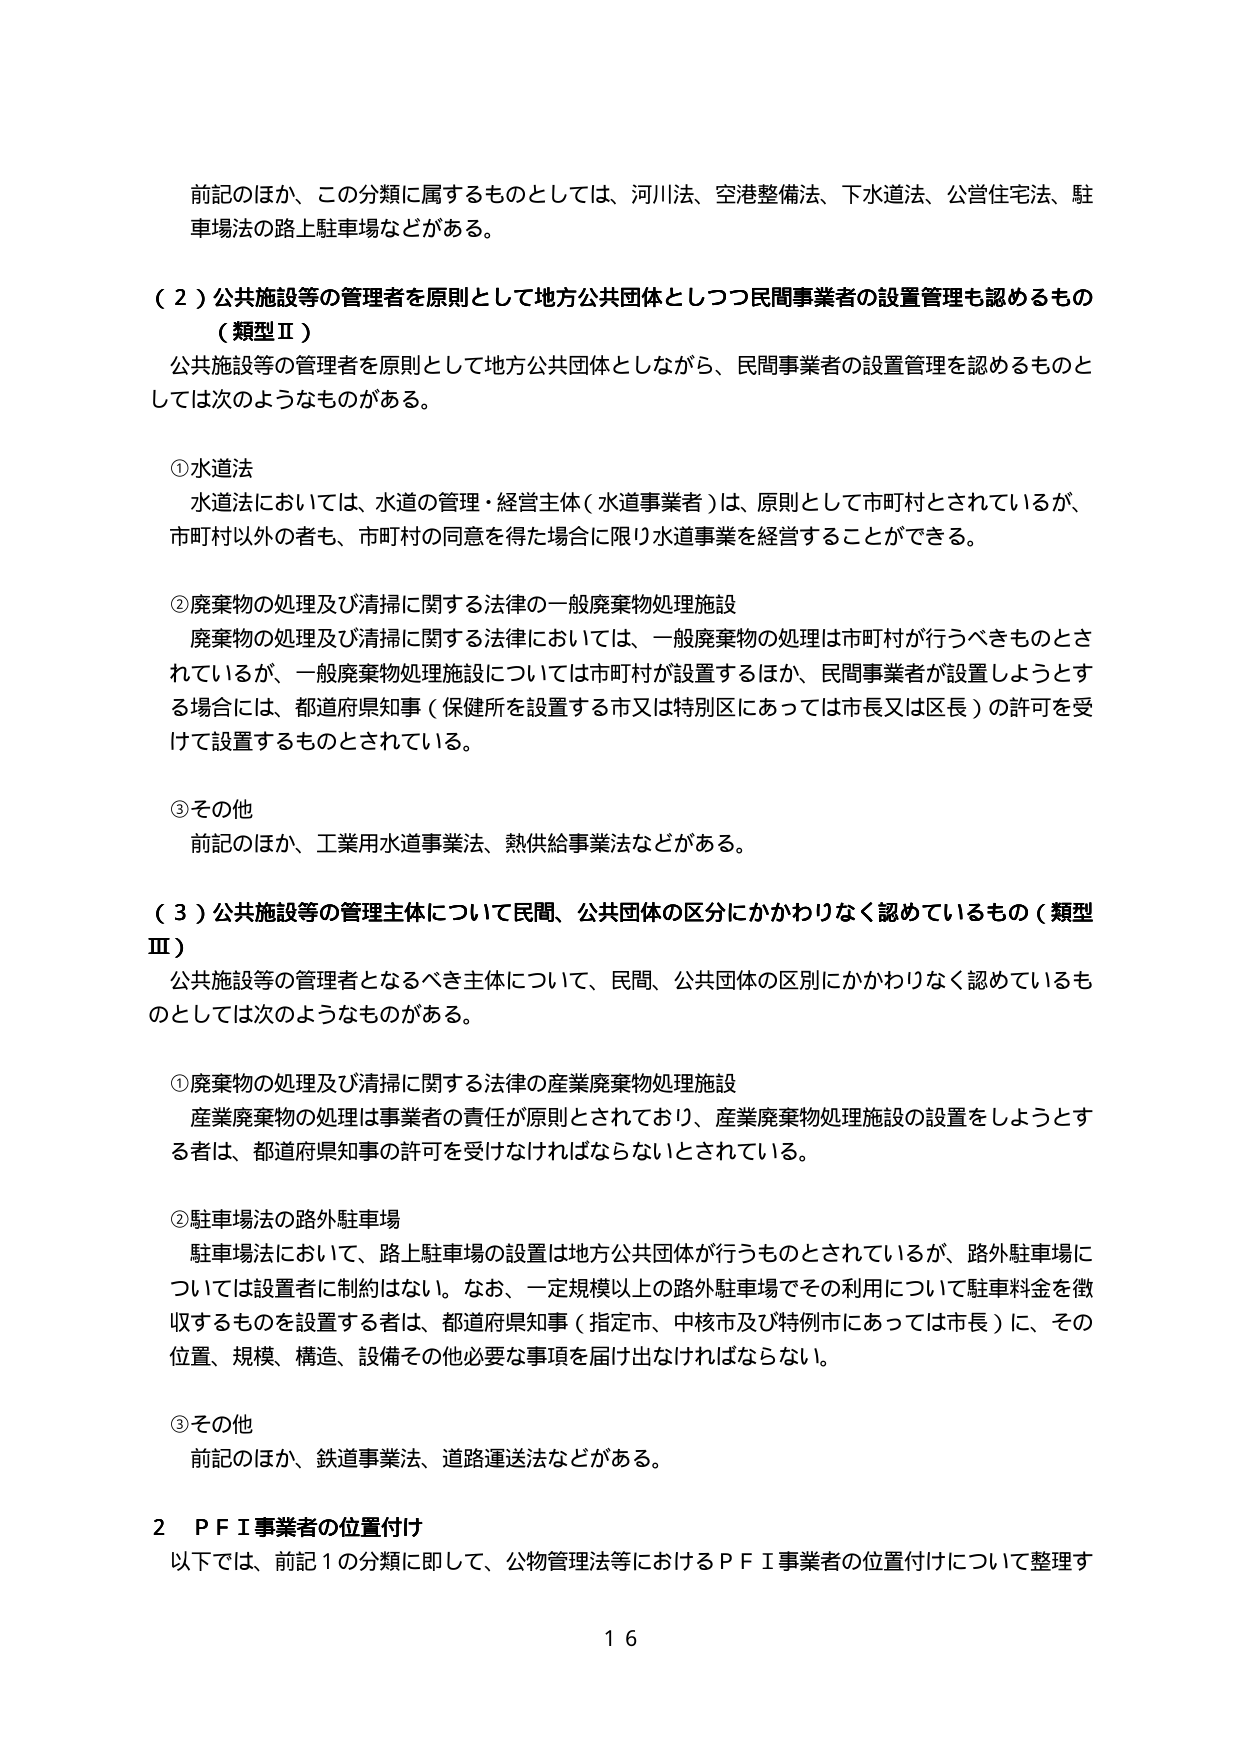
前記のほか、この分類に属するものとしては、河川法、空港整備法、下水道法、公営住宅法、駐車場法の路上駐車場などがある。

（２）公共施設等の管理者を原則として地方公共団体としつつ民間事業者の設置管理も認めるもの（類型Ⅱ）

公共施設等の管理者を原則として地方公共団体としながら、民間事業者の設置管理を認めるものとしては次のようなものがある。

①水道法
水道法においては、水道の管理・経営主体（水道事業者）は、原則として市町村とされているが、市町村以外の者も、市町村の同意を得た場合に限り水道事業を経営することができる。

②廃棄物の処理及び清掃に関する法律の一般廃棄物処理施設
廃棄物の処理及び清掃に関する法律においては、一般廃棄物の処理は市町村が行うべきものとされているが、一般廃棄物処理施設については市町村が設置するほか、民間事業者が設置しようとする場合には、都道府県知事（保健所を設置する市又は特別区にあっては市長又は区長）の許可を受けて設置するものとされている。

③その他
前記のほか、工業用水道事業法、熱供給事業法などがある。

（３）公共施設等の管理主体について民間、公共団体の区別にかかわりなく認めているもの（類型Ⅲ）

公共施設等の管理者となるべき主体について、民間、公共団体の区別にかかわりなく認めているものとしては次のようなものがある。

①廃棄物の処理及び清掃に関する法律の産業廃棄物処理施設
産業廃棄物の処理は事業者の責任が原則とされており、産業廃棄物処理施設の設置をしようとする者は、都道府県知事の許可を受けなければならないとされている。

②駐車場法の路外駐車場
駐車場法において、路上駐車場の設置は地方公共団体が行うものとされているが、路外駐車場については設置者に制約はない。なお、一定規模以上の路外駐車場でその利用について駐車料金を徴収するものを設置する者は、都道府県知事（指定市、中核市及び特例市にあっては市長）に、その位置、規模、構造、設備その他必要な事項を届け出なければならない。

③その他
前記のほか、鉄道事業法、道路運送法などがある。

２　ＰＦＩ事業者の位置付け
以下では、前記１の分類に即して、公物管理法等におけるＰＦＩ事業者の位置付けについて整理す

１６